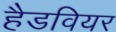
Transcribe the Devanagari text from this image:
हैडवियर